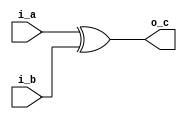
module test(
        input i_a,
        input i_b,
        output o_c
);
        
        assign o_c = i_a ^ i_b;
endmodule